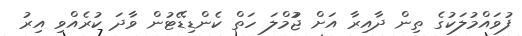
ފުވައްމުލަކުގެ ތިން ދާއިރާ އަށް ޖުުމްލަ ހަތް ކެންޑިޑޭޓުން ވާދަ ކުރެއްވި އިރު